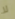
لا